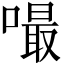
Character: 嘬